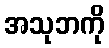
အသုဘကို